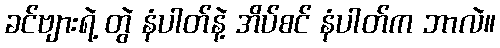
ခင်ဗျားရဲ့ တွဲ နံပါတ်နဲ့ အိပ်စင် နံပါတ်က ဘာလဲ။